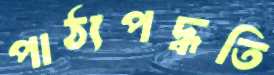
পাঠ্যপদ্ধতি